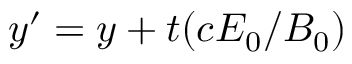
y ^ { \prime } = y + t ( c E _ { 0 } / B _ { 0 } )